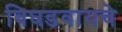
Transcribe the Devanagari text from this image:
बिघडवायचे